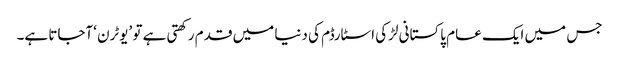
جس میں ایک عام پاکستانی لڑکی اسٹارڈم کی دنیا میں قدم رکھتی ہے تو ’یوٹرن ‘آجاتا ہے۔